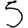
Digit: 5